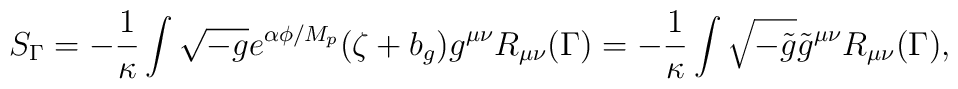
S_{\Gamma}=-\frac{1}{\kappa}\int \sqrt{-g}e^{\alpha\phi/M_{p}}(\zeta +b_{g})g^{\mu\nu}R_{\mu\nu}(\Gamma) =-\frac{1}{\kappa}\int \sqrt{-\tilde{g}}\tilde{g}^{\mu\nu}R_{\mu\nu}(\Gamma),